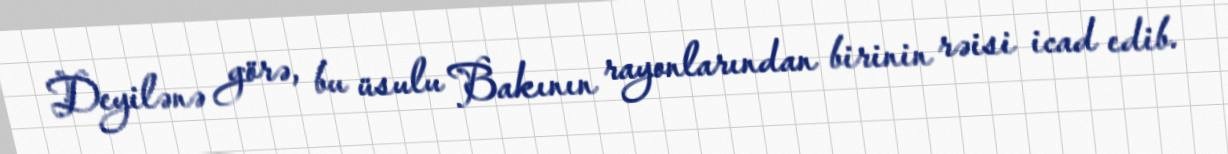
Deyilənə görə, bu üsulu Bakının rayonlarından birinin rəisi icad edib.